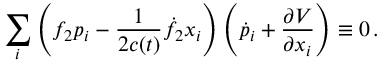
\sum _ { i } \left( f _ { 2 } p _ { i } - \frac { 1 } { 2 c ( t ) } \dot { f } _ { 2 } x _ { i } \right) \left( \dot { p } _ { i } + \frac { \partial V } { \partial x _ { i } } \right) \equiv 0 \, .